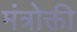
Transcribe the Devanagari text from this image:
मंत्रोक्ती